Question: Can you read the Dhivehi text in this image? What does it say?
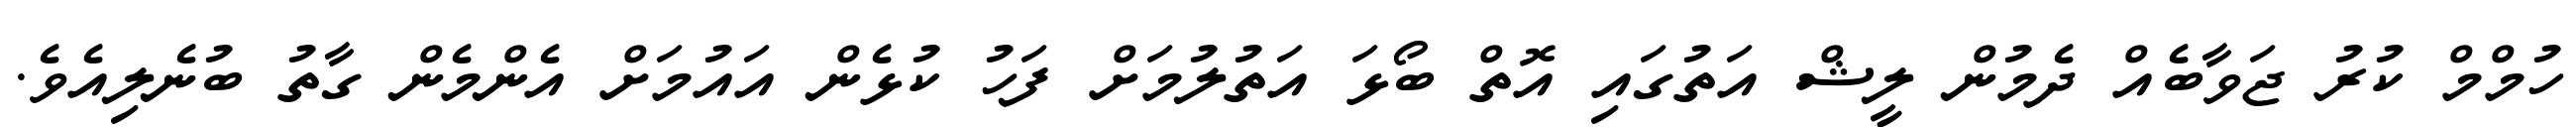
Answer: ހުމްމް ކުރު ޖަވާބެއް ދެމުން ލީޝް އަތުގައި އޮތް ބޯޅަ އަތުލުމަށް ފަހު ކުޅެން އައުމަށް އެންމެން ގާތު ބުނެލިއެވެ.